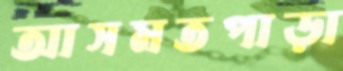
আসমতপাড়া